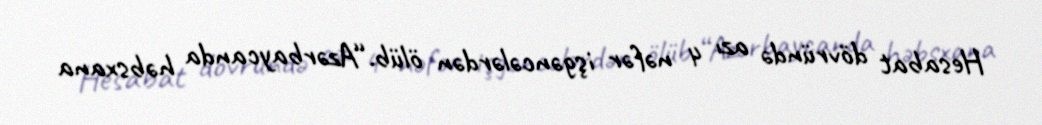
Hesabat dövründə azı 4 nəfər işgəncələrdən ölüb.“Azərbaycanda həbsxana